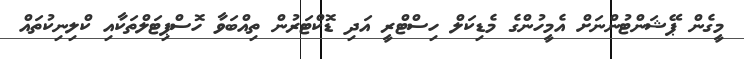
މީގެން ޕޭޝަންޓުންނަށް އެމީހުންގެ މެޑިކަލް ހިސްޓްރީ އަދި ޑޮކްޓަރުން ތިއްބަވާ ހޮސްޕިޓަލްތަކާއި ކްލިނިކުތައް